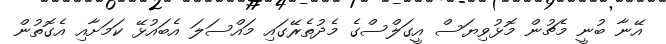
އޭނާ ބުނީ މެޗުން މޮޅުވިޔަސް އީގަލްސްގެ މެދުތެރޭގައި މައްސަލަ އެބައުޅޭ ކަމަށާއި އެގޮތުން